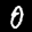
Label: 0